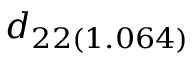
d _ { 2 2 ( 1 . 0 6 4 ) }